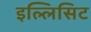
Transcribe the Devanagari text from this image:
इल्लिसिट